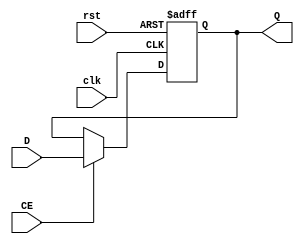
`timescale 1ns / 1ps
//////////////////////////////////////////////////////////////////////////////////
// Company: 
// Engineer: 
// 
// Design Name: 
// Module Name: REG32
// Project Name: 
// Target Devices: 
// Tool Versions: 
// Description: 
// 
// Dependencies: 
// 
// Revision:
// Revision 0.01 - File Created
// Additional Comments:
// 
//////////////////////////////////////////////////////////////////////////////////


module REG32(
                    input clk,
					input rst,
					input CE,
					input [31:0]D,
					output reg[31:0]Q
					);
					
	always @(posedge clk or posedge rst)
		if (rst)  Q <= 32'h00000000;
		else if (CE) Q <= D;

endmodule